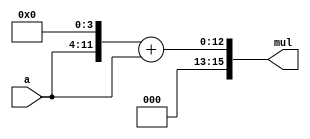
/***********************************************
Module Name:   multiply_constant_17
Feature:       Multiply by 17 for 8 bits input
Coder:         Garfield
Organization:  XXXX Group, Department of Architecture
------------------------------------------------------
Input ports:   a0, 8 bits, operent
Output Ports:  mul, 16 bits, multiply
------------------------------------------------------
History:
12-02-2015: First Version by Garfield
***********************************************/

module multiply_constant_17
  ( 
    input[7:0] a,
    output[15:0] mul 
  );
  
//Load other module(s)

//Definition for Variables in the module

//Logical
assign mul = (a<<4) + a;

endmodule